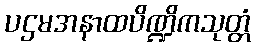
ပဌမအနာထပိဏ္ဍိကသုတ္တံ